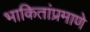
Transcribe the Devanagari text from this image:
भाकितांप्रमाणे